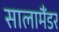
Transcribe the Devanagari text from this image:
सालामैंडर